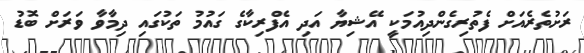
ރަށުތެރެއަށް ފެތުރިގެންދިއުމަކީ އޭޝިޔާ އަދި އެފްރިކާގެ ގައުމު ތަކުގައި ދިމާވާ ވަރަށް ބޮޑު